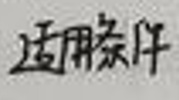
适用条件